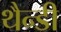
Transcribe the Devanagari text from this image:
थैन्डी